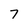
Character: 7